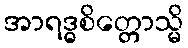
အာရဒ္ဓစိတ္တောသ္မိ